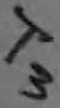
Text: T3